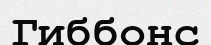
Гиббонс